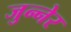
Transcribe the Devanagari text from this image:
जुन्नेर